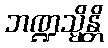
ဘဏ္ဍသ္မိန္တိ